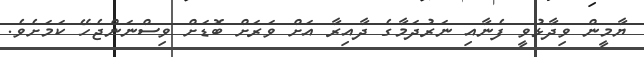
ޔާމީން ވިދާޅުވީ ފެނާއި ނަރުދަމާގެ ދާއިރާ އަށް ވަރަށް ބޮޑަށް ވިސްނަންޖެހޭ ކަމަށެވެ.